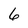
Character: 6